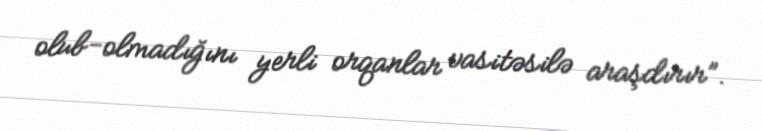
olub-olmadığını yerli orqanlar vasitəsilə araşdırır”.